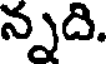
న్నది.